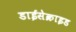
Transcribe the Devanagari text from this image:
डाईसेक्राइड